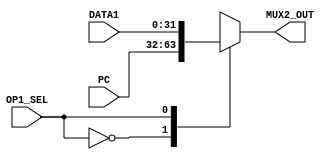
`timescale  1ns/100ps

module mux2(DATA1, PC, OP1_SEL, MUX2_OUT);

	//0-PC  1-DATA1
	input[31:0] DATA1, PC;
	input OP1_SEL;
	
	output reg[31:0] MUX2_OUT;

	always @(OP1_SEL) 
	begin
		#1
		case(OP1_SEL)
		
			1'b0:begin
				MUX2_OUT = PC;
			end
		
			1'b1:begin
				MUX2_OUT = DATA1;
			end
		endcase		
	end

endmodule